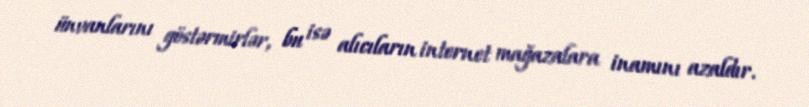
ünvanlarını göstərmirlər, bu isə alıcıların internet mağazalara inamını azaldır.